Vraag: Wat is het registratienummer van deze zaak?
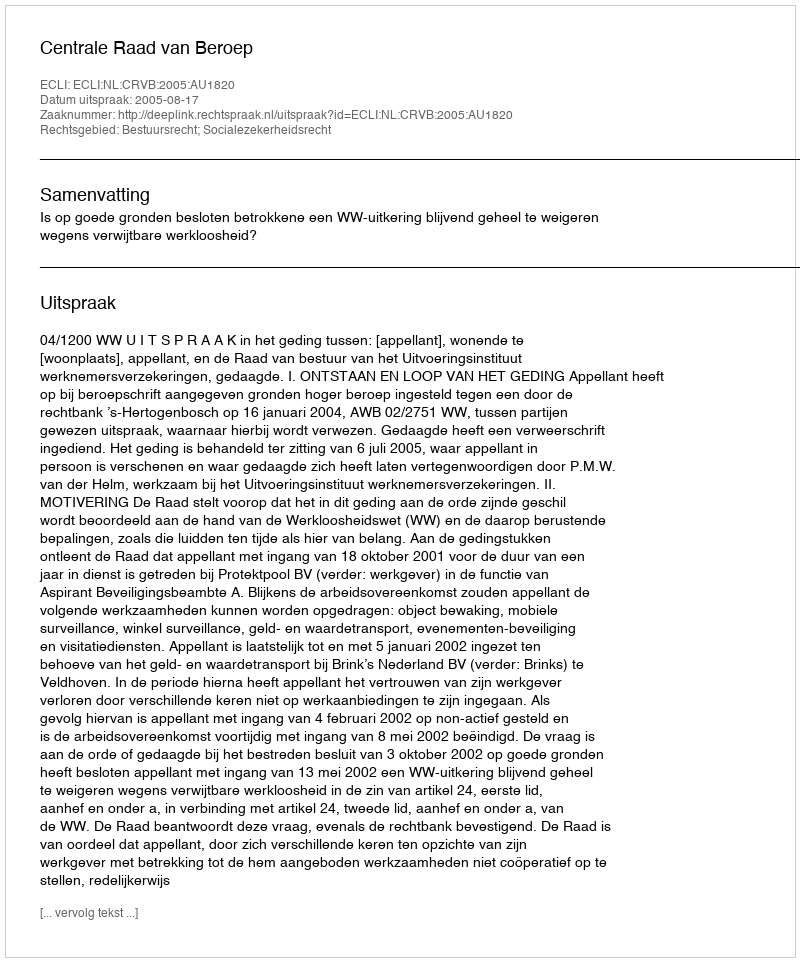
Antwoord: http://deeplink.rechtspraak.nl/uitspraak?id=ECLI:NL:CRVB:2005:AU1820